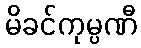
မိခင်ကုမ္ပဏီ